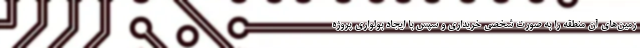
زمین‌های آن منطقه را به صورت شخصی خریداری و سپس با ایجاد بولواری پروژه